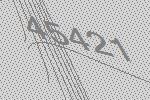
45421